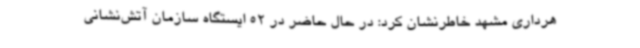
هرداری مشهد خاطرنشان کرد: در حال حاضر در 52 ایستگاه سازمان آتش‌نشانی